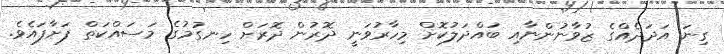
ގިނަ އަދަދެއްގެ ޒުވާނުންނާއި ބައްދަލުކޮށް މިހާރުވަނީ ދޮރުން ދޮރަށް ހިނގުމުގެ މަސައްކަތް ފަށާފައެވެ.